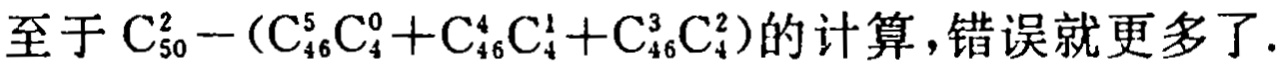
至于\(C_{50}^{2}-(C_{46}^{5}C_{4}^{0}+C_{46}^{4}C_{4}^{1}+C_{46}^{3}C_{4}^{2})\)的计算，错误就更多了.